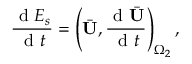
\frac { \mathrm { ~ d ~ } E _ { s } } { \mathrm { ~ d ~ } t } = \left( \bar { \mathbf { U } } , \frac { \mathrm { ~ d ~ } \bar { \mathbf { U } } } { \mathrm { ~ d ~ } t } \right) _ { \Omega _ { 2 } } ,